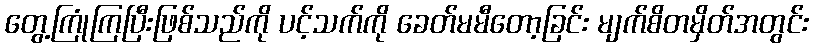
တွေ့ကြုံကြပြီးဖြစ်သည်ကို ပင့်သက်ကို ခေတ်မမီတော့ခြင်း မျက်စိတမှိတ်အတွင်း